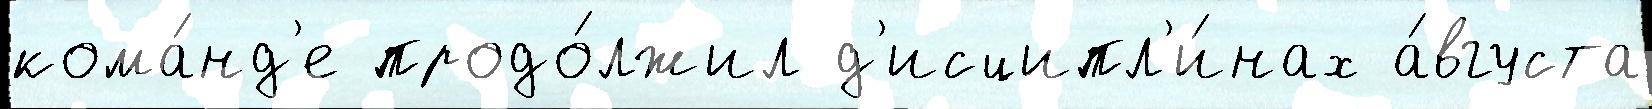
кома́нд'е продо́лжил д'исципл'и́нах а́вгуста